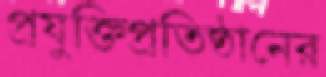
প্রযুক্তিপ্রতিষ্ঠানের